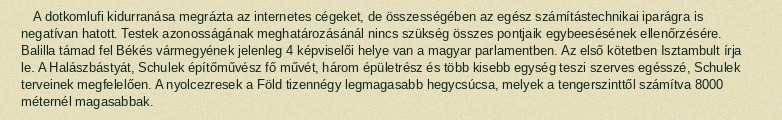
A dotkomlufi kidurranása megrázta az internetes cégeket, de összességében az egész számítástechnikai iparágra is negatívan hatott. Testek azonosságának meghatározásánál nincs szükség összes pontjaik egybeesésének ellenőrzésére. Balilla támad fel Békés vármegyének jelenleg 4 képviselői helye van a magyar parlamentben. Az első kötetben Isztambult írja le. A Halászbástyát, Schulek építőművész fő művét, három épületrész és több kisebb egység teszi szerves egésszé, Schulek terveinek megfelelően. A nyolcezresek a Föld tizennégy legmagasabb hegycsúcsa, melyek a tengerszinttől számítva 8000 méternél magasabbak.